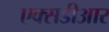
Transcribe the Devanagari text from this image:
एक्सडीआर